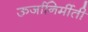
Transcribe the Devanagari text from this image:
ऊर्जानिर्मीती